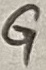
Text: G